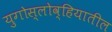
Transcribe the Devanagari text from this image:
युगोस्लोव्हियातील